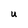
Character: U